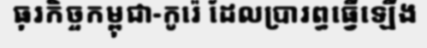
ធុរកិច្ចកម្ពុជា-កូរ៉េ ដែលប្រារព្ធធ្វើឡើង